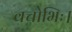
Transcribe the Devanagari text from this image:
वचोभिः।